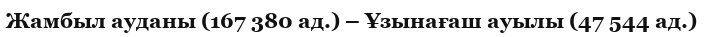
Жамбыл ауданы (167 380 ад.) – Ұзынағаш ауылы (47 544 ад.)